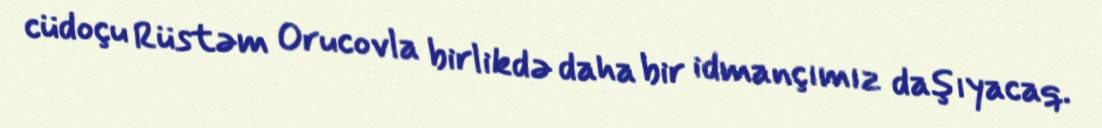
cüdoçu Rüstəm Orucovla birlikdə daha bir idmançımız daşıyacaq.